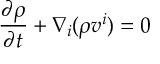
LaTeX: \frac { \partial \rho } { \partial t } + \nabla _ { i } ( \rho v ^ { i } ) = 0